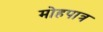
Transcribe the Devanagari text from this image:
मोहपात्र